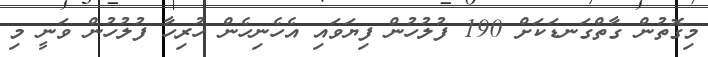
މިގޮތުން ގާތްގަނޑަކަށް 190 ފުލުހުން ފިޔަވައި އެހެނިހެން ހުރިހާ ފުލުހުން ވަނީ މި